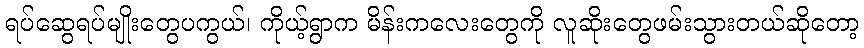
ရပ်ဆွေရပ်မျိုးတွေပကွယ်၊ ကိုယ့်ရွာက မိန်းကလေးတွေကို လူဆိုးတွေဖမ်းသွားတယ်ဆိုတော့